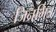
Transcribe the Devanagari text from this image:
जिनमित्र